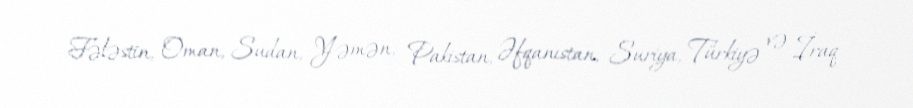
Fələstin, Oman, Sudan, Yəmən, Pakistan, Əfqanıstan, Suriya, Türkiyə və İraq